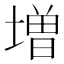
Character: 増